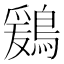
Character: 鶢